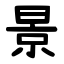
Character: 景